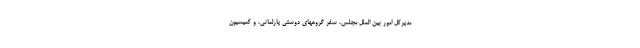
مدیرکل امور بین الملل مجلس، سفر گروههای دوستی پارلمانی، و کمیسیون